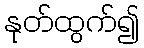
နုတ်ထွက်၍